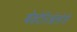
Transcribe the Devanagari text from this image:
बॅक्टेरिऑलॉजी